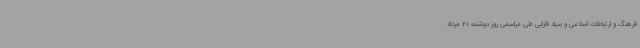
فرهنگ و ارتباطات اسلامی و بنیاد فارابی طی مراسمی روز دوشنبه 20 مرداد